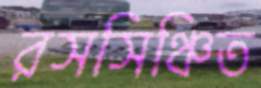
রসসিঞ্চিত